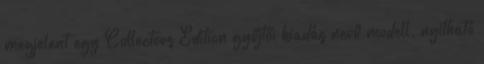
megjelent egy Collectors Edition gyűjtői kiadás nevű modell, nyitható